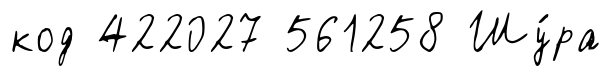
код 422027 561258 Шу́ра